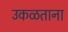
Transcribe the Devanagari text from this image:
उकळताना